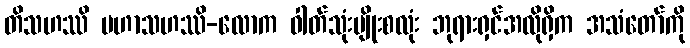
တိသဟဿိ မဟာသဟဿိ-လောက ဓါတ်သုံးမျိုးစလုံး ဘုရားရှင်အလိုရှိက အသံတော်ကို